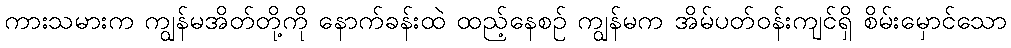
ကားသမားက ကျွန်မအိတ်တို့ကို နောက်ခန်းထဲ ထည့်နေစဉ် ကျွန်မက အိမ်ပတ်ဝန်းကျင်ရှိ စိမ်းမှောင်သော